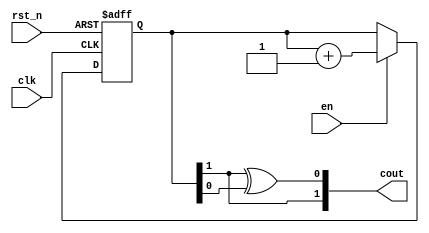
// This program was cloned from: https://github.com/chipsalliance/aib-phy-hardware
// License: Apache License 2.0

// SPDX-License-Identifier: Apache-2.0
// Copyright (C) 2019 Intel Corporation. 
//gray code counter
module hdpldadapt_cmn_occ_gray_code_counter (
  clk,
  rst_n,
  en,
  cout
);


input clk;
input rst_n;
input en;
output [1:0] cout;

reg [1:0] counter_reg;

always @(posedge clk or negedge rst_n)
begin
  if(rst_n == 1'b0)
    counter_reg <= 2'b00;
  else
  begin
    if(en == 1'b1)
      counter_reg <= counter_reg + 1;
    else
      counter_reg <= counter_reg;
  end
end

// need auto-code generator for different WIDTH
assign cout = {counter_reg[1],counter_reg[1]^counter_reg[0]};

endmodule